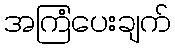
အကြံပေးချက်